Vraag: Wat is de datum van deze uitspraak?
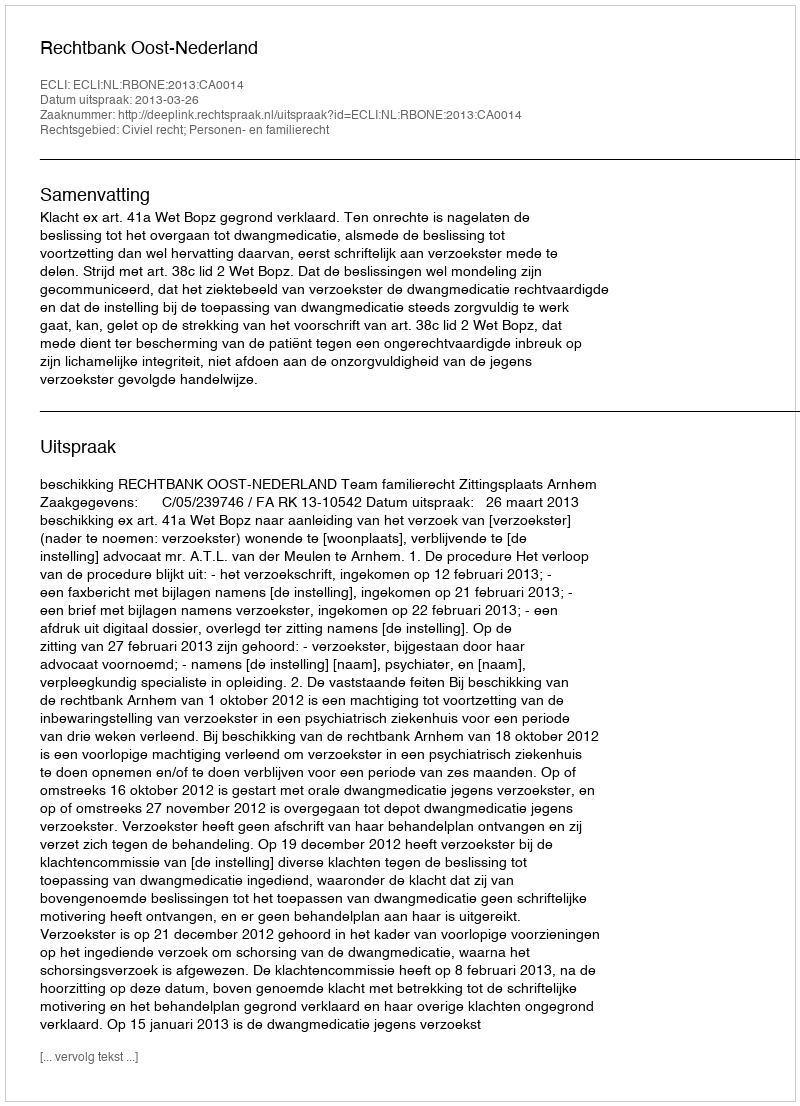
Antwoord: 2013-03-26